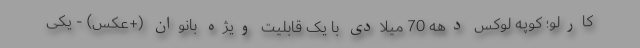
کارلو؛ کوپه لوکس دهه 70 میلادی با یک قابلیت ویژه بانوان (+عکس) - یکی